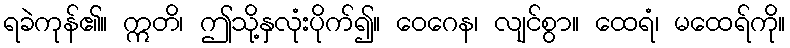
ရခဲကုန်၏။ ဣတိ၊ ဤသို့နှလုံးပိုက်၍။ ဝေဂေန၊ လျင်စွာ။ ထေရံ၊ မထေရ်ကို။